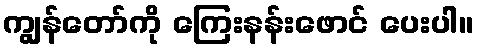
ကျွန်တော်ကို ကြေးနန်းဖောင် ပေးပါ။